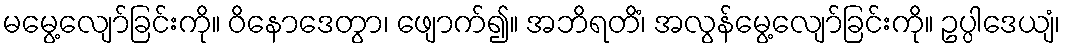
မမွေ့လျော်ခြင်းကို။ ဝိနောဒေတွာ၊ ဖျောက်၍။ အဘိရတိံ၊ အလွန်မွေ့လျော်ခြင်းကို။ ဥပ္ပါဒေယျံ၊